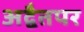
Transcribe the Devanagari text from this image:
अद्वैतपर